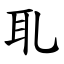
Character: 耴